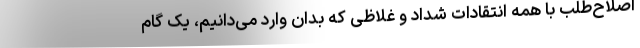
اصلاح‌طلب با همه انتقادات شداد و غلاظی که بدان وارد می‌دانیم، یک گام